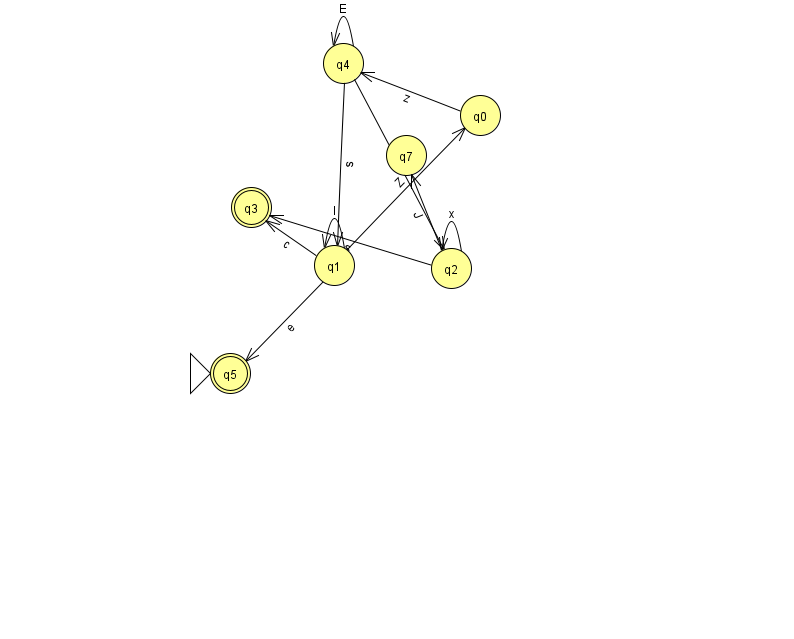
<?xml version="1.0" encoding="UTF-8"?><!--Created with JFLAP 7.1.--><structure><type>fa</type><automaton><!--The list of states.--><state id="0" name="q0"><x>480.0</x><y>102.0</y></state><state id="1" name="q1"><x>334.0</x><y>252.0</y></state><state id="2" name="q2"><x>451.0</x><y>255.0</y></state><state id="3" name="q3"><x>251.0</x><y>194.0</y><final/></state><state id="4" name="q4"><x>343.0</x><y>50.0</y></state><state id="5" name="q5"><x>230.0</x><y>360.0</y><initial/><final/></state><state id="7" name="q7"><x>406.0</x><y>142.0</y></state><!--The list of transitions.--><transition><from>1</from><to>0</to><read>Z</read></transition><transition><from>4</from><to>4</to><read>E</read></transition><transition><from>2</from><to>2</to><read>x</read></transition><transition><from>4</from><to>2</to><read>A</read></transition><transition><from>0</from><to>4</to><read>z</read></transition><transition><from>4</from><to>1</to><read>s</read></transition><transition><from>1</from><to>1</to><read>l</read></transition><transition><from>1</from><to>3</to><read>c</read></transition><transition><from>2</from><to>7</to><read>J</read></transition><transition><from>2</from><to>3</to><read>s</read></transition><transition><from>1</from><to>5</to><read>e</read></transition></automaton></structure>